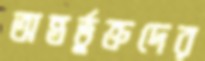
অন্তর্ভুক্তদের